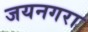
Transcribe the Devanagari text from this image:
जयनगरा